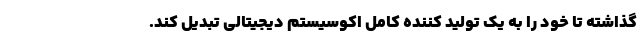
گذاشته تا خود را به یک تولید کننده کامل اکوسیستم دیجیتالی تبدیل کند.